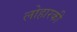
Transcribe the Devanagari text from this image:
लोहारकी